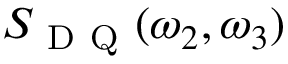
S _ { \mathrm { ~ D ~ Q ~ } } ( \omega _ { 2 } , \omega _ { 3 } )